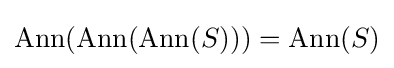
\operatorname {Ann} (\operatorname {Ann} (\operatorname {Ann} (S)))=\operatorname {Ann} (S)